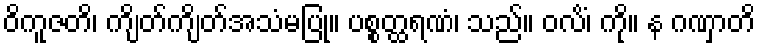
ဝိကူဇတိ၊ ကျိတ်ကျိတ်အသံမပြု။ ပစ္စတ္ထရဏံ၊ သည်။ ဝလိံ၊ ကို။ န ဂဏှာတိ